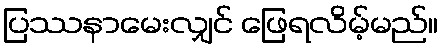
ပြဿနာမေးလျှင် ဖြေရလိမ့်မည်။